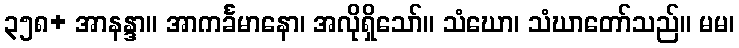
၃၅၈+ အာနန္ဒာ။ အာကင်္ခမာနော၊ အလိုရှိသော်။ သံဃော၊ သံဃာတော်သည်။ မမ၊